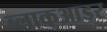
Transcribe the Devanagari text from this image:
ब्लाक्आडर